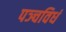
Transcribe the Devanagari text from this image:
पञ्चविधं